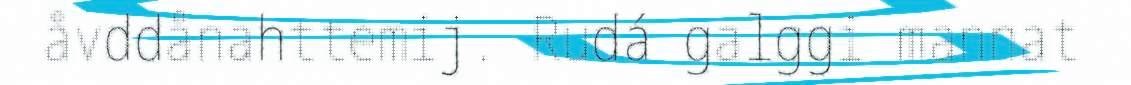
åvddånahttemij. Rudá galggi mannat